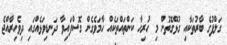
ގަލްފުގެ ބާރުތަކާއި ގުޅޭގޮތުން މި ހުރިހާ ކަންތައްތަކެއް ހާމަވެގެން ގޮސްފައިވާ ދަނޑިވަޅެއްގައި ދިވެހިރާއްޖެ